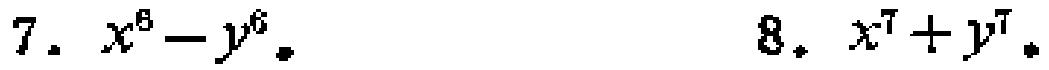
7. \(x^{6}-y^{6}\).  8. \(x^{7}+y^{7}\).